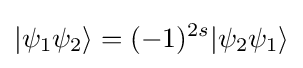
|\psi _{1}\psi _{2}\rangle =(-1)^{2s}|\psi _{2}\psi _{1}\rangle